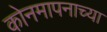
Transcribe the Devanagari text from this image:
कोनमापनाच्या